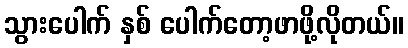
သွားပေါက် နှစ် ပေါက်တော့ဖာဖို့လိုတယ်။